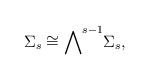
LaTeX: \begin{align*}\Sigma_s \cong {\bigwedge}^{s-1} \Sigma_s,\end{align*}